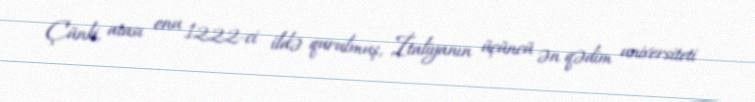
Çünki, atası onu 1222-ci ildə qurulmuş, İtaliyanın üçüncü ən qədim universiteti